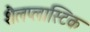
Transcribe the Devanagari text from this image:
शैलप्लास्टिक